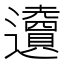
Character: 𨙋